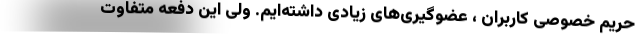
حریم خصوصی کاربران ، عضوگیری‌های زیادی داشته‌ایم. ولی این دفعه متفاوت